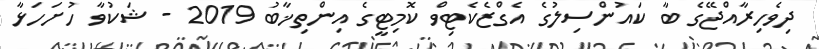
ދިވެހިރާއްޖޭގެ ބާ ކައުންސިލުގެ އެގްޒެކެޓިވް ކޮމިޓީގެ އިންތިޚާބު 2019 - ޝަކުވާ ހުށަހަޅާ